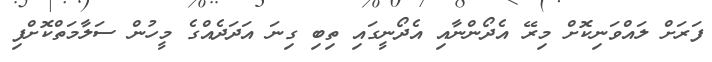
ފަރަށް ލައްވަނިކޮށް މިރޭ އެދޯންނާއި އެދޯނީގައި ތިބި ގިނަ އަދަދެއްގެ މީހުން ސަލާމަތްކޮށްފި